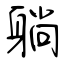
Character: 躺